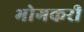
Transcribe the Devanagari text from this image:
भोगकरी